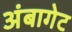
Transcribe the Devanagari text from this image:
अंबागेट